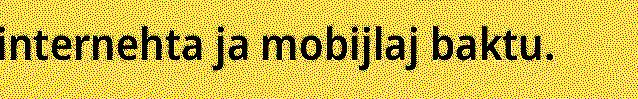
internehta ja mobijlaj baktu.